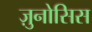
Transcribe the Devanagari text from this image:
ज़ुनोसिस